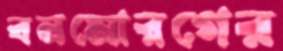
বনমোরগের